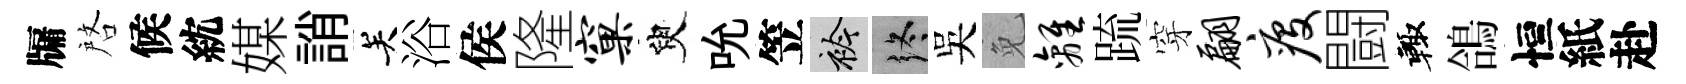
牖啓候紞媒誚关浴侯隆窠臾吮笠衿终吴免离䟽穿翩疫闘輙鴿恒紙赴